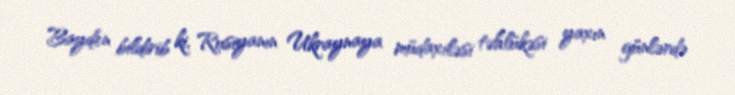
Bayden bildirib ki, Rusiyanın Ukraynaya müdaxiləsi təhlükəsi yaxın günlərdə